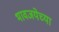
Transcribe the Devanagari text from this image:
भावजयेच्या